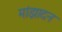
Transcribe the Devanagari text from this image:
मांझादन